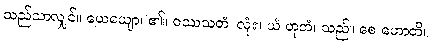
သည်သာလျှင်။ ယေယျော၊ ၏။ ဝဿသတံ၊ လုံး။ ယံ ဟုတံ၊ သည်။ စေ ဟောတိ၊